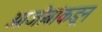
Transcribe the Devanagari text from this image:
आजोबांकडून